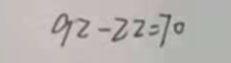
9 2 - 2 2 = 7 0